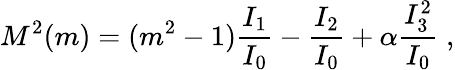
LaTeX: M^{2}(m)=(m^{2}-1)\frac{I_{1}}{I_{0}}-\frac{I_{2}}{I_{0}}+\alpha\frac{I_{3}^{2}}{I_{0}}\; ,